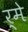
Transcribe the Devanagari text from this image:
र्मे